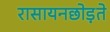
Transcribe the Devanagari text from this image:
रासायनछोड़ते